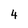
Character: 4